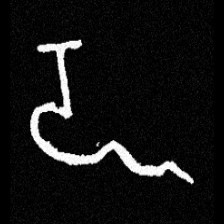
Pyu character \u2014 Myanmar letter: ဍ (romanized: dda)